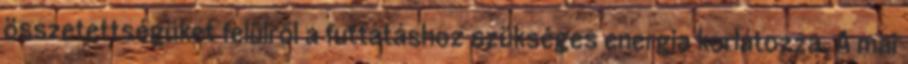
összetettségüket felülről a futtatáshoz szükséges energia korlátozza. A mai